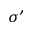
\sigma ^ { \prime }